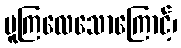
မူကြလေသောကြောင့်၊